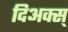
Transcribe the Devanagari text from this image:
दिअक्स्